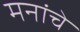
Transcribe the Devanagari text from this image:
मनांचे